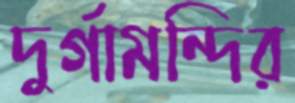
দুর্গামন্দির